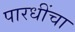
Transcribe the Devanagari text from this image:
पारधींचा